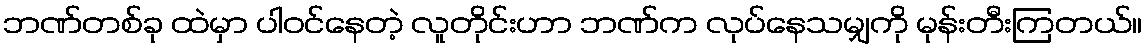
ဘဏ်တစ်ခု ထဲမှာ ပါဝင်နေတဲ့ လူတိုင်းဟာ ဘဏ်က လုပ်နေသမျှကို မုန်းတီးကြတယ်။